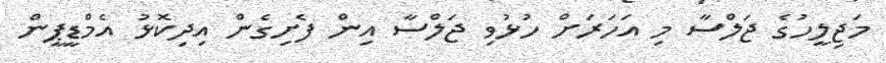
މަޖިލީހުގެ ޖަލްސާ މި އަހަރަށް ހުޅުވި ޖަލްސާ އިން ފެށިގެން އިދިކޮޅު އެމްޑީޕީން